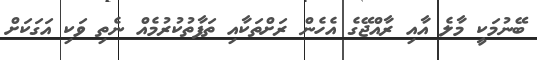
ބޭނުމަކީ މާލެ އާއި ރާއްޖޭގެ އެހެން ރަށްތަކާއި ތަފާތުކުރުމެއް ނެތި ވަކި އަގަކަށް